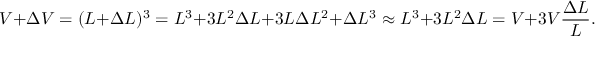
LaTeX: V + \Delta V = ( L + \Delta L ) ^ { 3 } = L ^ { 3 } + 3 L ^ { 2 } \Delta L + 3 L \Delta L ^ { 2 } + \Delta L ^ { 3 } \approx L ^ { 3 } + 3 L ^ { 2 } \Delta L = V + 3 V { \frac { \Delta L } { L } } .